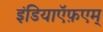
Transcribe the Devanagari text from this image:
इंडियाऍफ़एम्